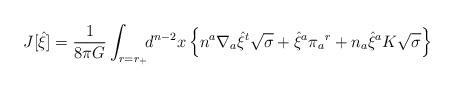
LaTeX: \begin{align*}J[{\hat\xi}] = {1\over8\pi G}\int_{r=r_+}\!\! d^{n-2}x\, \Bigl\{ n^a\nabla_a{\hat\xi}^t\sqrt{\sigma} + {\hat\xi}^a\pi_a{}^r + n_a{\hat\xi}^a K\sqrt{\sigma} \Bigr\}\end{align*}